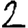
Digit: 2